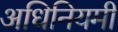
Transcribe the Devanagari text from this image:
अधिनियमी